Annual report of the Imperial Bacteriologist
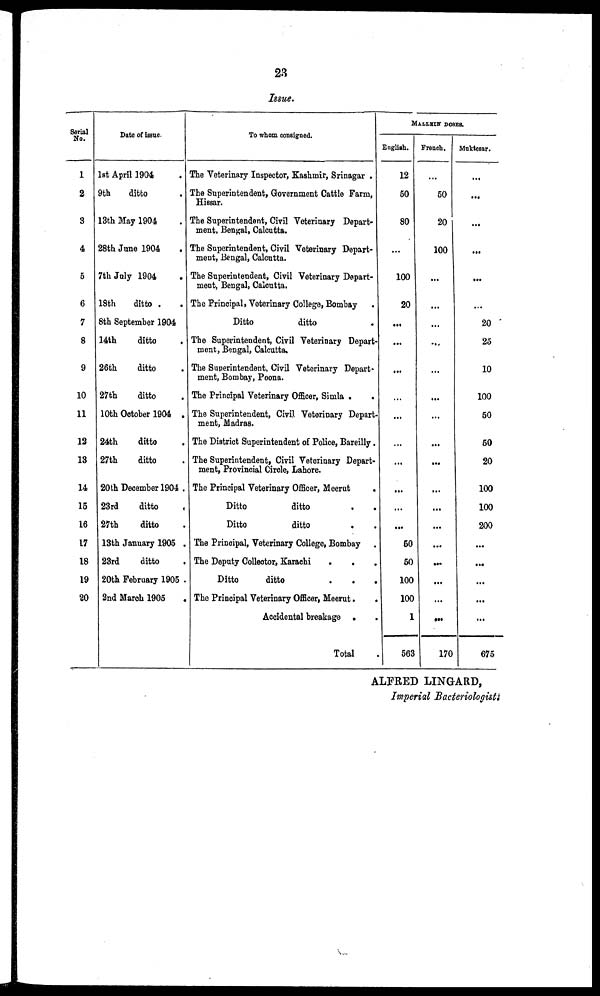
23
Issue.
Serial
No.
1
2
3
4
5
6
7
8
9
10
11
12
13
14
15
16
17
18
19
20
Date of issue.
1st April 1904 .
9th
ditto .
13th May 1904 .
28th June 1904 .
7th July 1904 .
18th
ditto . .
8th September 1904
14th
ditto .
26th
ditto .
27th
ditto .
10th October 1904 .
24th
ditto .
27th
ditto .
20th December 1904 .
23rd
ditto .
27th
ditto .
13th January 1905 .
23rd
ditto .
20th February 1905 .
2nd March 1905 .
To whom consigned.
The Veterinary Inspector, Kashmir, Srinagar .
The Superintendent, Government Cattle Farm,
Hissar.
The Superintendent, Civil Veterinary Depart-
ment, Bengal, Calcutta.
The Superintendent, Civil Veterinary Depart-
ment, Bengal, Calcutta.
The Superintendent, Civil Veterinary Depart-
ment, Bengal, Calcutta.
The Principal, Veterinary College, Bombay
Ditto
ditto
The Superintendent, Civil Veterinary Depart-
ment, Bengal, Calcutta,
The Superintendent, Civil Veterinary Depart-
ment, Bombay, Poona.
The Principal Veterinary Officer, Simla .
.
The Superintendent, Civil Veterinary Depart-
ment, Madras.
The District Superintendent of Police, Bareilly.
The Superintendent, Civil Veterinary Depart-
ment, Provincial Circle, Lahore.
The Principal Veterinary Officer, Meerut
.
Ditto
ditto
.
.
Ditto
ditto
. .
The Principal, Veterinary College, Bombay .
The Deputy Collector, Karachi
.
.
Ditto
ditto
.
.
.
The Principal Veterinary Officer, Meerut . .
Accidental breakage . .
Total
MALLEIN DOSES.
English.
12
50
80
...
100
20
...
...
...
...
...
...
...
...
...
...
50
50
100
100
1
563
French.
...
50
20
100
...
...
...
...
...
...
...
...
...
...
...
...
...
...
...
...
...
170
Muktesar.
...
...
...
...
...
...
20
25
10
100
50
50
20
100
100
200
...
...
...
...
...
675
ALFRED LINGARD,
Imperial Bacteriologist.